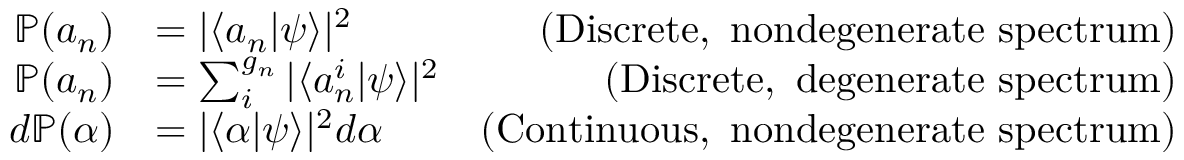
{ \begin{array} { r l r } { \mathbb { P } ( a _ { n } ) } & { = | \langle a _ { n } | \psi \rangle | ^ { 2 } } & { { \mathrm { ( D i s c r e t e , ~ n o n d e g e n e r a t e ~ s p e c t r u m ) } } } \\ { \mathbb { P } ( a _ { n } ) } & { = \sum _ { i } ^ { g _ { n } } | \langle a _ { n } ^ { i } | \psi \rangle | ^ { 2 } } & { { \mathrm { ( D i s c r e t e , ~ d e g e n e r a t e ~ s p e c t r u m ) } } } \\ { d \mathbb { P } ( \alpha ) } & { = | \langle \alpha | \psi \rangle | ^ { 2 } d \alpha } & { { \mathrm { ( C o n t i n u o u s , ~ n o n d e g e n e r a t e ~ s p e c t r u m ) } } } \end{array} }